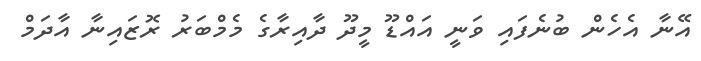
އޭނާ އެހެން ބުނެފައި ވަނީ އައްޑޫ މީދޫ ދާއިރާގެ މެމްބަރު ރޮޒައިނާ އާދަމް